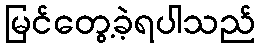
မြင်တွေ့ခဲ့ရပါသည်